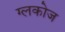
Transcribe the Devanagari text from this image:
ग्लकोज